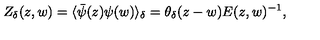
Z _ { \delta } ( z , w ) = \langle \bar { \psi } ( z ) \psi ( w ) \rangle _ { \delta } = \theta _ { \delta } ( z - w ) E ( z , w ) ^ { - 1 } ,